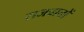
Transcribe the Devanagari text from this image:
राजवातों